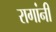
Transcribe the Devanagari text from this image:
रागांनी